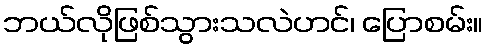
ဘယ်လိုဖြစ်သွားသလဲဟင်၊ ပြောစမ်း။